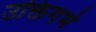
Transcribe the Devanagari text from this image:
उक्तिगर्भ